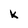
Character: k